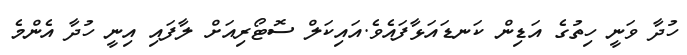
ހުދާ ވަނީ ހިތުގެ އަޑިން ކަނޑައަޅާފައެވެ.އައިކަލް ސޮޓޯރިއަށް ލާފައި އިނީ ހުދާ އެންމެ